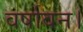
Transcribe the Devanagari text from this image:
वर्षावन।